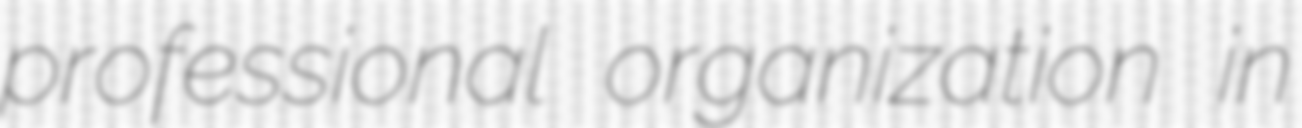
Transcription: professional organization in